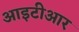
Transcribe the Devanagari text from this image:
आइटीआर